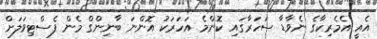
އެއީ އެމެރިކާގެ ނެވާޑާ ސަހަރާގައި ކޮންމެ އަހަރަކު އޮންނަ ބާނިންގް މެން ފެސްޓިވަލަށް